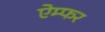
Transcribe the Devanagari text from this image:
ऐम्फर